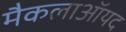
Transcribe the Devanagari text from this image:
मैकलाऑयद